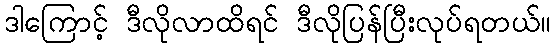
ဒါကြောင့် ဒီလိုလာထိရင် ဒီလိုပြန်ပြီးလုပ်ရတယ်။